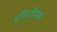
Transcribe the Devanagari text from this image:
इम्पिरियस